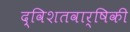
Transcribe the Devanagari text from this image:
द्विशतवार्षिकी